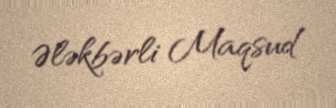
Ələkbərli Maqsud